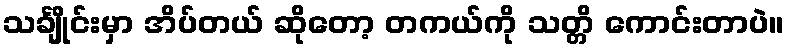
သင်္ချိုင်းမှာ အိပ်တယ် ဆိုတော့ တကယ်ကို သတ္တိ ကောင်းတာပဲ။